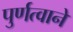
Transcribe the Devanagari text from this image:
पुर्णत्वाने